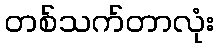
တစ်သက်တာလုံး